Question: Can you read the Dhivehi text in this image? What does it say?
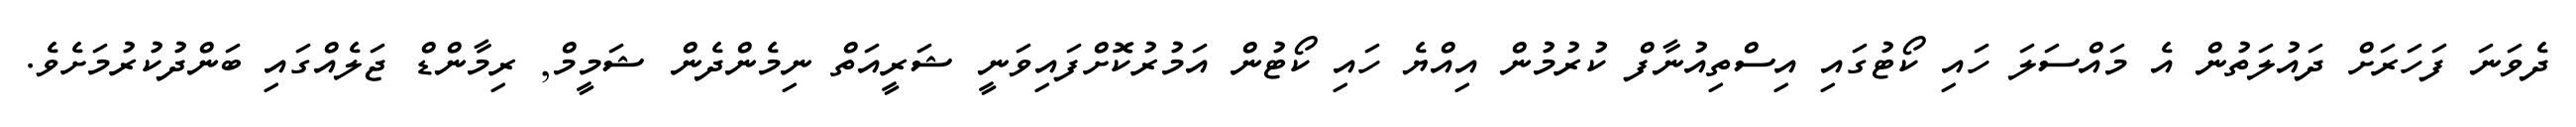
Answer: ދެވަނަ ފަހަރަށް ދައުލަތުން އެ މައްސަލަ ހައި ކޯޓުގައި އިސްތިއުނާފް ކުރުމުން އިއްޔެ ހައި ކޯޓުން އަމުރުކޮށްފައިވަނީ ޝަރީއަތް ނިމެންދެން ޝަމީމް, ރިމާންޑް ޖަލެއްގައި ބަންދުކުރުމަށެވެ.